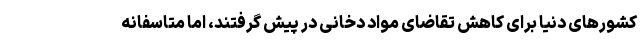
کشورهای دنیا برای کاهش تقاضای مواد دخانی در پیش گرفتند، اما متاسفانه